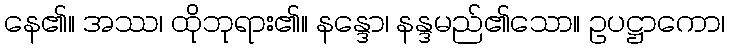
နေ၏။ အဿ၊ ထိုဘုရား၏။ နန္ဒော၊ နန္ဒမည်၏သော။ ဥပဋ္ဌာကော၊